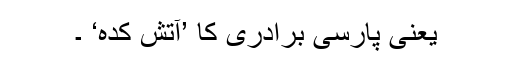
یعنی پارسی برادری کا ’آتش کدہ‘ ۔